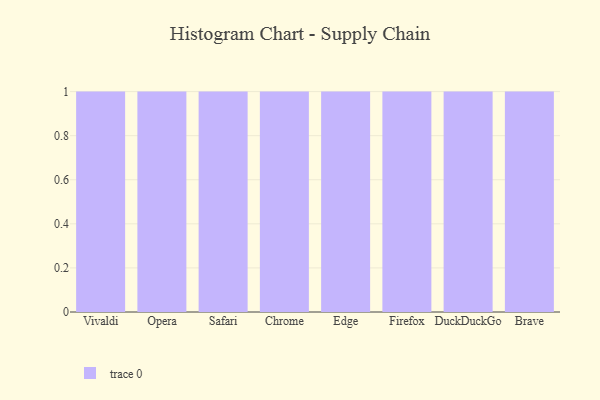
{"axis": {"x": "Browser", "y": "Temperature (°C)"}, "legend": [""], "data": [{"x": "Vivaldi", "y": 51, "type": ""}, {"x": "Opera", "y": 1, "type": ""}, {"x": "Safari", "y": 84, "type": ""}, {"x": "Chrome", "y": 32, "type": ""}, {"x": "Edge", "y": 62, "type": ""}, {"x": "Firefox", "y": 58, "type": ""}, {"x": "DuckDuckGo", "y": 75, "type": ""}, {"x": "Brave", "y": 23, "type": ""}]}